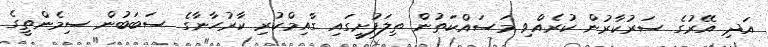
އަދި އޭރުގެ ސަރުކާރުން ކުރެއްވި މަސައްކަތުން ތިލަފުށީގައި ގާއިމްކުރި ކާރުހާނާގެ ސަބަބުން ސިމެންތީގެ